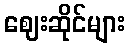
ဈေးဆိုင်များ